Memorandum on the prevention of leprosy by segregation of the affected
Disease focus: Leprosy
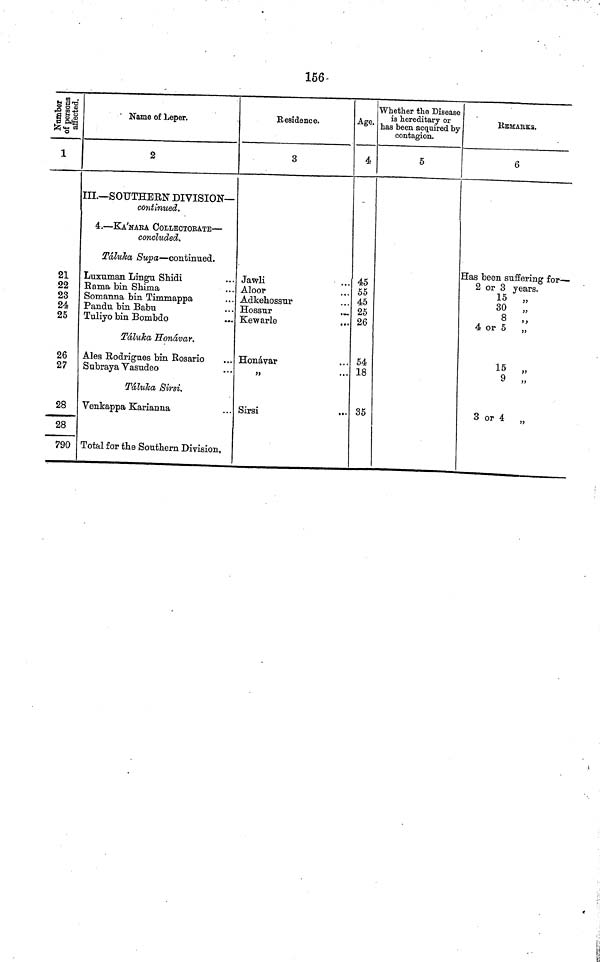
156
Number of Persons fected.
21
22
23
24
25
26
27
28
28
790
Name of Leper.
2
III.—SOUTHEEN DIVISION-
Continued.
4.—KA'NAKA COLLECTORATE—
concluded.
Táluka Supa—continued.
Luxuman Lingu Shidi
Rama bin Shima
Somanna bin Timmappa
Pandu bin Babu
Tuliyo bin Bombdo
Táluka Honávar.
Ales Eodrigues bin Rosario
Subraya Vasudeo
Táluka Sirsi.
Venkappa Karianna
Total for the Southern Division,
Residence.
3
Jawli
Aloor
Adkehossur
Hossur
Kewarle
Honávar
Sirsi
Age.
4
45
55
45
25
26
54
18
35
Whether the Disease
is hereditary or
has been acquired by
contagion.
5
REMARKS.
6
Has been suffering for—
2 or 3 years.
15
30
8
,,
4 or 5
15
9
3 or 4